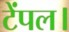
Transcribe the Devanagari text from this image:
टेंपल।